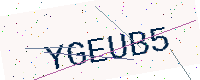
Text: YGEUB5